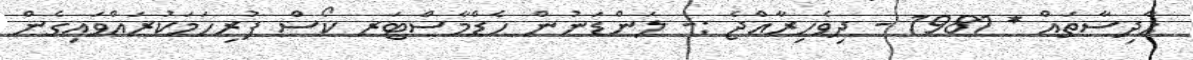
ޙާދިސާތައް * 1981 - ދިވެހިރާއްޖެ :- ލަންޑަނުން ހެޑްމާސްޓަރ ކޯސް ފުރިހަމަކުރައްވައިގެން